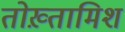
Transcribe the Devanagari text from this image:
तोख़्तामिश